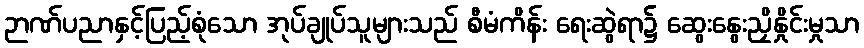
ဉာဏ်ပညာနှင့်ပြည့်စုံသော အုပ်ချုပ်သူများသည် စီမံကိန်း ရေးဆွဲရာ၌ ဆွေးနွေးညှိနှိုင်းမှုသာ